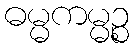
ဓမ္မကမ္မဉ္စ